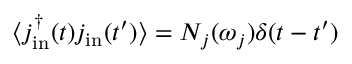
\langle j _ { \mathrm { i n } } ^ { \dagger } ( t ) j _ { \mathrm { i n } } ( t ^ { \prime } ) \rangle = N _ { j } ( \omega _ { j } ) \delta ( t - t ^ { \prime } )